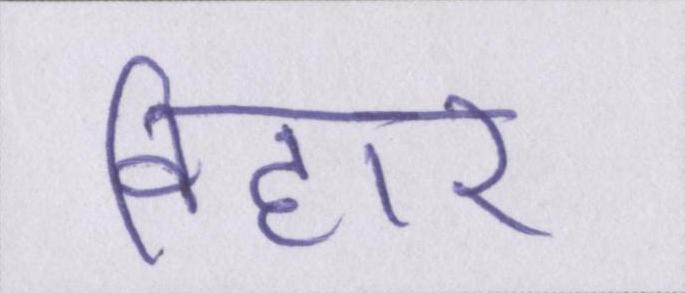
विहार